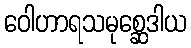
ဝေါဟာရသမုစ္ဆေဒါယ